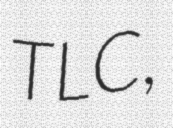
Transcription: TLC,